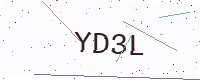
Text: YD3L